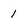
Character: 1